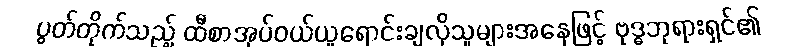
ပွတ်တိုက်သည့် ထီစာအုပ်ဝယ်ယူရောင်းချလိုသူများအနေဖြင့် ဗုဒ္ဓဘုရားရှင်၏